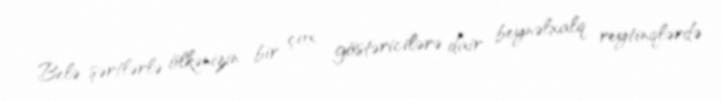
Belə şərtlərlə ölkənizin bir çox göstəricilərə dair beynəlxalq reytinqlərdə